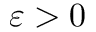
\varepsilon > 0